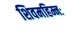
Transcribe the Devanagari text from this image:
शिवमहिम्नः